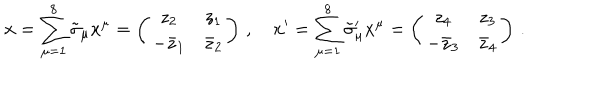
\mathbf { x } = \sum _ { \mu = 1 } ^ { 8 } \tilde { \sigma } _ { \mu } x ^ { \mu } = \left( \begin{array} { c c } { { z _ { 2 } } } & { { z _ { 1 } } } \\ { { - \bar { z } _ { 1 } } } & { { \bar { z } _ { 2 } } } \\ \end{array} \right) \, , \quad \mathbf { x } ^ { \prime } = \sum _ { \mu = 1 } ^ { 8 } \tilde { \sigma } _ { \mu } ^ { \prime } x ^ { \mu } = \left( \begin{array} { c c } { { z _ { 4 } } } & { { z _ { 3 } } } \\ { { - \bar { z } _ { 3 } } } & { { \bar { z } _ { 4 } } } \\ \end{array} \right) \, .